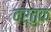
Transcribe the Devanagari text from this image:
वर्तुक